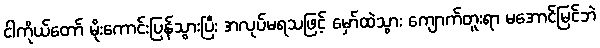
ငါကိုယ်တော် မိုးကောင်းပြန်သွားပြီး အလုပ်မရသဖြင့် မှော်ထဲသွား ကျောက်တူးရာ မအောင်မြင်ဘဲ